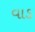
વાડ